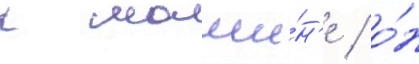
к маши́н'е / о́н